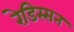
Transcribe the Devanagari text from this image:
रेडिस्सन